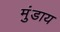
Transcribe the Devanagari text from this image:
मुंडाय